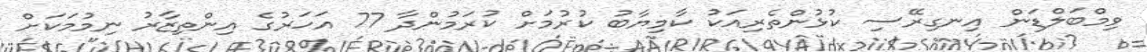
ވިމްބަލްޑަން އިނގިރޭސި ކުޅުންތެރިއަކު ކާމިޔާބު ކުރުމަށް ކުރަމުންދާ 77 އަހަރުގެ އިންތިޒާރު ނިމުމަކަށް